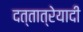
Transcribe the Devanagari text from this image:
दत्तात्रेयादी